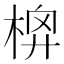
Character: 𣔬